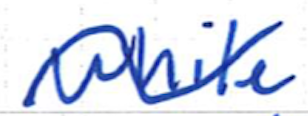
Text: while
Cross-out: wave
Writing tool: ballpoint